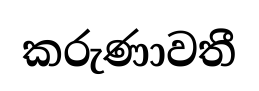
කරුණාවතී